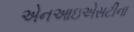
એનઆઇએસટીના